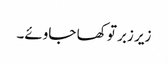
زیر زبر تو کھا جاوئے۔